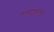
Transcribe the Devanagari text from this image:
एमएएसएस